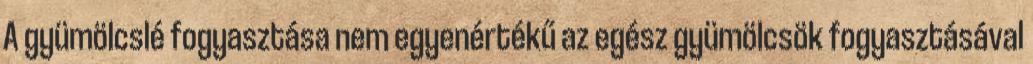
A gyümölcslé fogyasztása nem egyenértékű az egész gyümölcsök fogyasztásával